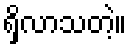
ရှိလာသတဲ့။